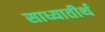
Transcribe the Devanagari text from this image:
साध्यातीर्थ